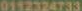
0112324733